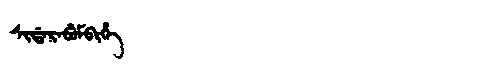
Manchu: ᠰᡳᡩᠠᡵᠠᠪᡠᠮᠪᡳᡥᡝ
Romanization: SIDARABUMBIHE